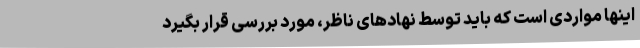
اینها مواردی است که باید توسط نهادهای ناظر، مورد بررسی قرار بگیرد